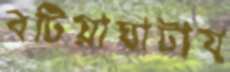
বটিয়াঘাটায়